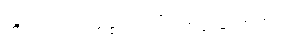
ဘိလပ်ရည် တစ် ပုလင်း ဘယ်လောက်လဲ။